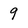
Character: 9